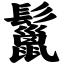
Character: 鬣